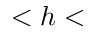
< h <